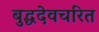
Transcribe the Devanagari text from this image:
बुद्धदेवचरित